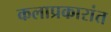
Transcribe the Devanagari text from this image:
कलाप्रकारांत